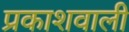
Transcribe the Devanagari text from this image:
प्रकाशवाली